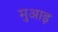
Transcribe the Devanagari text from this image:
मुआइ